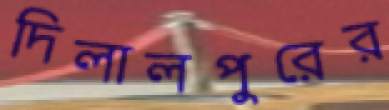
দিলালপুরের